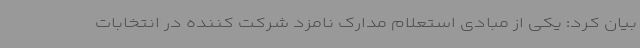
بیان کرد: یکی از مبادی استعلام مدارک نامزد شرکت کننده در انتخابات